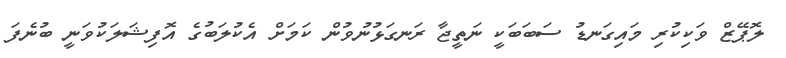
ލޮޕޭޒް ވަކިކުރި މައިގަނޑު ސަބަބަކީ ނަތީޖާ ރަނގަޅުނުވުން ކަމަށް އެކުލަބުގެ އޮފިޝަލަކުވަނީ ބުނެފަ